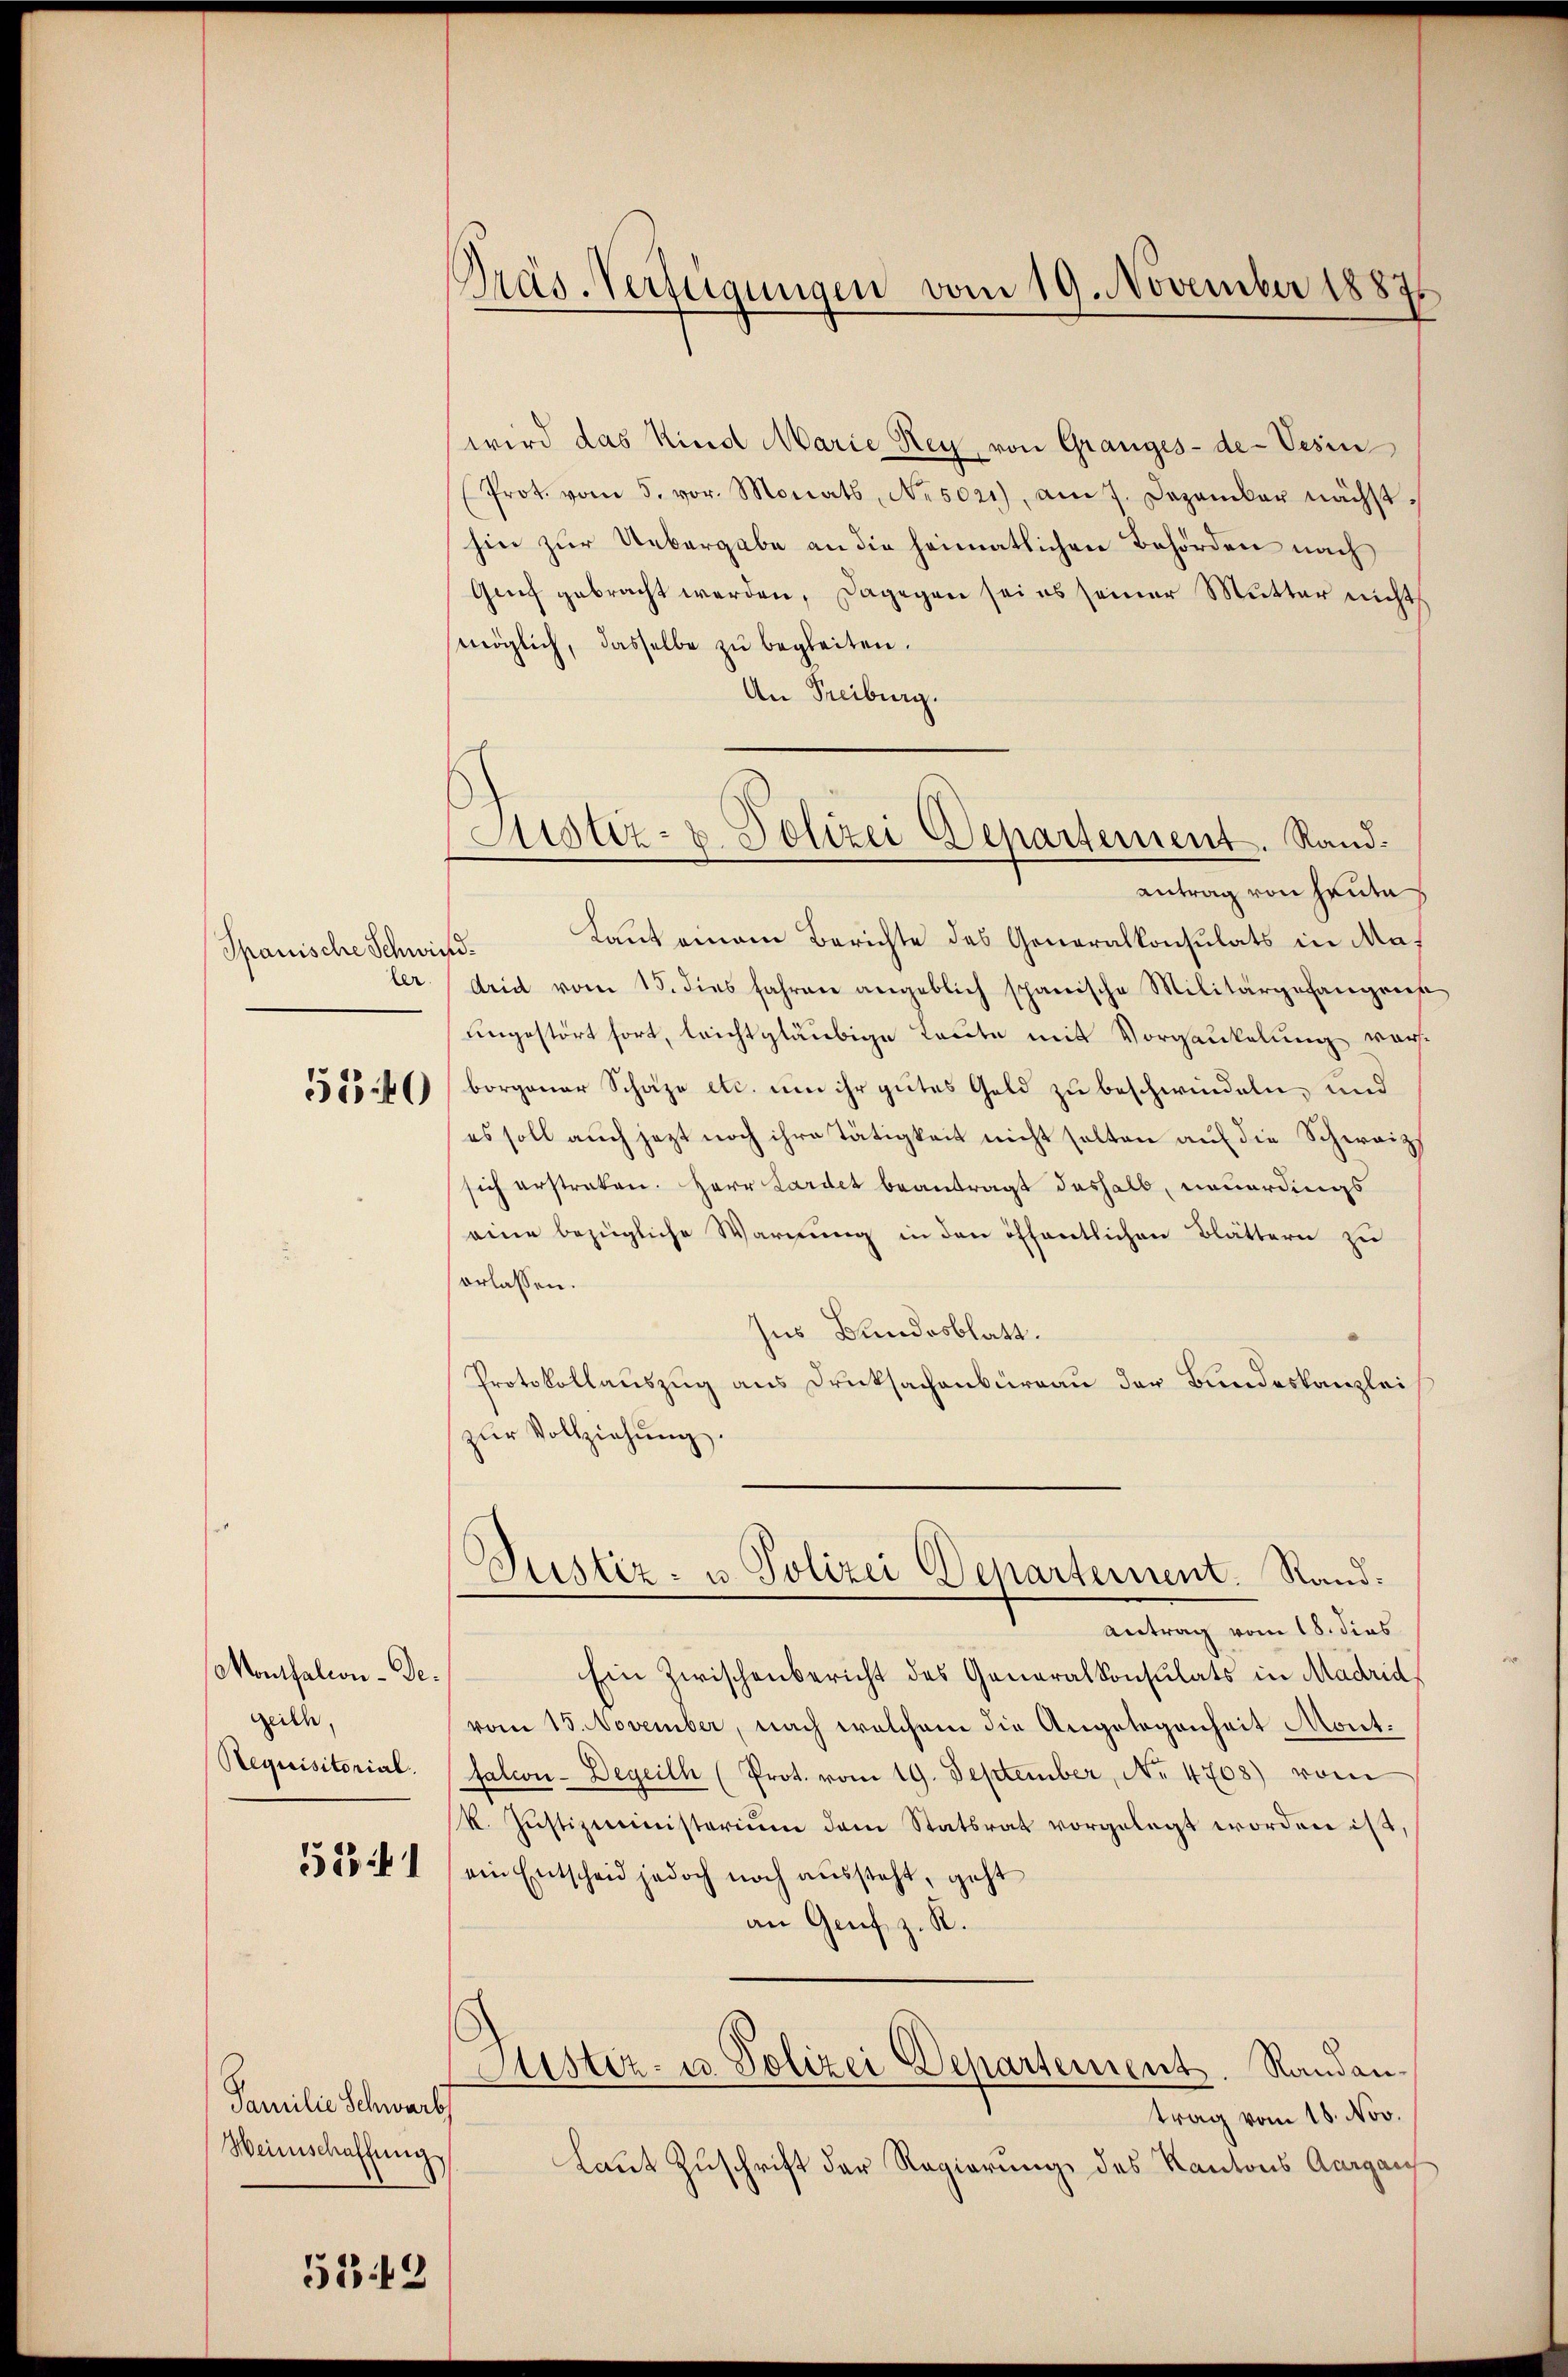
Spanische Schwi
ler

5540

Monthalion-Degeich,
Requisitorial.

1541

Familie Schwart
Weinschaffung

519

Präs. Verfügungen vom 19. November 1887

Justiz- u. Polizei Departement. Rand¬

wird das Kind Marie Rey, von Granges-de-Vesin
(Prot. vom 5. vor. Monats Nesozi), am 7. Dezember nächsthin zŭr Uebergabe an die heimatlichen Behörden nach
Genf gebracht werden, dagegen sei es seiner Mutter nichts
möglich, dasselbe zu begleiten.
An Freiburg.
antrag von heute
Laut einem Berichte des Generalkonsulats in Mad.
Arid vom 15. dies Jahren angeblich spanische Militärgefangene
ungestört fort, leichtgläubige Leute mit Vorgänkelung vorborgener Schäze etc. um ihr gutes Geld zu beschwindeln, und
es soll auch jezt noch ihre Tätigkeit nicht solten auf die Schweiz
sich erstraken. Herr Cardet beantragt deshalb neuerdings
eine bezügliche Warnung in den öffentlichen Blättern zu
erlassen.
Ins Bundesblatt.
Protokollauszug aus Drucksachenburgau der Bundeskanzlei
zur Vollziehung.
Justiz- u. Polizei Departement. Stand.
Antrag vom 18. dies
Ein Zwischenbericht des Generalkonsulats in Madrid,
vom 15. November, nach welchem die Angelegenheit Mont.
falcon- Degeith (Prot. vom 19. September, No. 4708) vom
k. Justizministerium dem Statsrat vorgelegt worden ist.
ein Entscheid jedoch noch aussteht, geht
an Genf z. R.
Justiz- u. Polizei Departement. Randantrag vom 18. Nov.
Laut Zuschrift der Regierung des Kantons Aargau